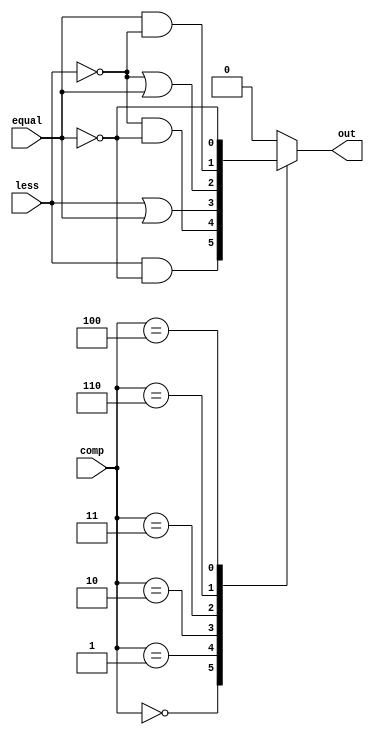
//Student1 : 0411276 Chen-Yi-An 
//Student2 : 0413335 Kuo Yi Lin
module compare(
    input   less,
    input   equal,
    input   [3-1:0]comp,
    output  reg out
);

// L : Less 
// G : Great
// T : Than
// E : Equal
// n : Not 
// The naming arrangement is

//1. (LESS/Great)_(Than/Equal)
//2. (#/Not)_Equal 

parameter LT = 3'b000;
parameter GT = 3'b001;
parameter LE = 3'b010;
parameter GE = 3'b011;
parameter E  = 3'b110;
parameter nE = 3'b100;

//An explicit invalid value, in order to make compare always outptut 0.  
parameter INVALID = 3'b111;

always @(*)begin
  case(comp)
    LT: out <=  less & ~equal;
    GT: out <= ~less & ~equal;
    LE: out <=  less |  equal;
    GE: out <= ~less |  equal;
    E:  out <=  equal & ~less ;
    nE: out <= ~equal  ;
    INVALID: out <= 1'b0;
    default: out <= 1'b0;
  endcase 
end

endmodule